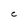
Character: C